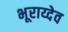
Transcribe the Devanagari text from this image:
भूराय्देव